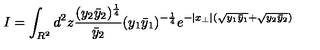
I = \int _ { R ^ { 2 } } d ^ { 2 } z \frac { ( y _ { 2 } \bar { y } _ { 2 } ) ^ { \frac { 1 } { 4 } } } { \bar { y } _ { 2 } } ( y _ { 1 } \bar { y } _ { 1 } ) ^ { - \frac { 1 } { 4 } } e ^ { - | x _ { \perp } | ( \sqrt { y _ { 1 } \bar { y } _ { 1 } } + \sqrt { y _ { 2 } \bar { y } _ { 2 } } ) }